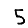
Digit: 5